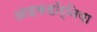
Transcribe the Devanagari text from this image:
आइकहॉर्निया